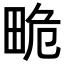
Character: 𤱯